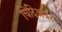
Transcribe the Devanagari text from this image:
चिदिअघर